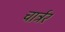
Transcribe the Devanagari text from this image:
चार्ट्रर